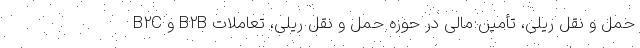
حمل و نقل ریلی، تأمین مالی در حوزه حمل و نقل ریلی، تعاملات B۲B و B۲C